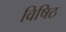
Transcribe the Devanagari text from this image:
विषिठ